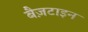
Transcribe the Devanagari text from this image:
बैज़टाइन